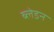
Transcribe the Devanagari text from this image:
ब्लेडन